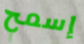
إسمح